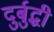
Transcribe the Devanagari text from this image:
दुर्बुद्धी